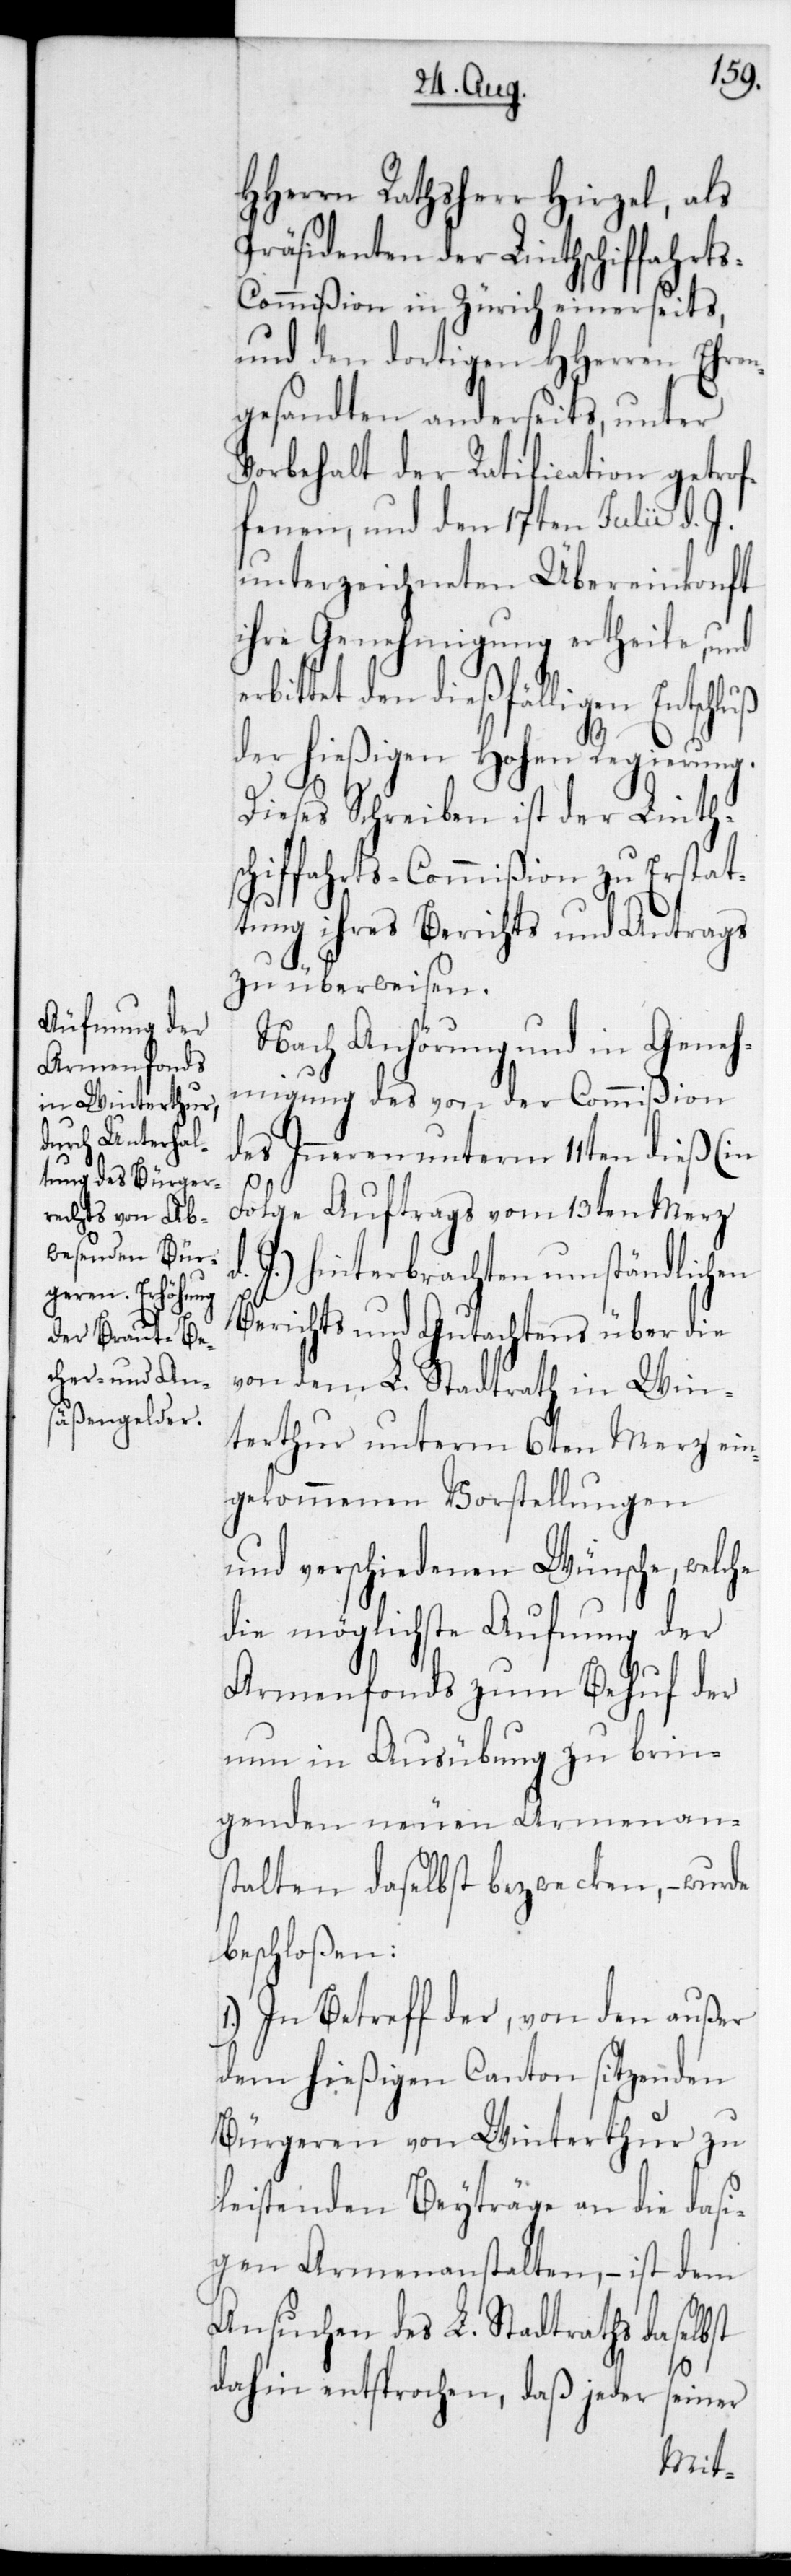
HHerrn Rathsherr Hirzel, als
Präsidenten der Linthschiffahrt¬
s-Commißion in Zürich einerseits,
und den dortigen HHerren Ehren¬
gesandten anderseits, unter
Vorbehalt der Ratification getrof¬
fenen, und den 17ten Julii d. J.
unterzeichneten Übereinkonft
ihre Genehmigung ertheile, und
bittet den dießfälligen Entschl¬
der hießigen Hohen Regierung.
Dieses Schreiben ist der Linth¬
schiffahrts-Commißion zu Erstat¬
tung ihres Berichts und Antrags
zu überweisen.
Nach Anhörung und in Geneh¬
migung des von der Commißion
des Inneren unterm 11ten dieß (in
Folge Auftrags vom 13ten Merz
d. J.) hinterbrachten umständlichen
Berichts und Gutachtens über die
von dem L. Stadtrath in Win¬
terthur unterm 6ten Merz ein¬
gekommenen Vorstellungen
und verschiedenen Wünsche, welche
die möglichste Aufnung der
Armenfonds zum Behuf der
nun in Ausübung zu brin¬
genden neuen Armenan¬
stalten daselbst bezwecken, – wurde
beschloßen:
1.) In Betreff der, von den außer
dem hießigen Canton sitzenden
Bürgeren von Winterthur zu
leistenden Beyträge an die dasi¬
gen Armenanstalten, – ist dem
Ansuchen des L. Stadtraths daselbst
uß
dahin entsprochen, daß jeder seiner